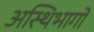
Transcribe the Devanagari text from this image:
अस्थिभागों